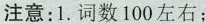
注意：1.词数100左右；